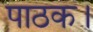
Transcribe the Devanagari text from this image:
पाठक।